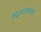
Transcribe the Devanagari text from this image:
चित्पावनांचा